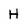
Character: H